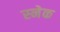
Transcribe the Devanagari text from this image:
स्‍नेक